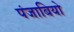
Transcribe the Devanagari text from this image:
पंजाबियो